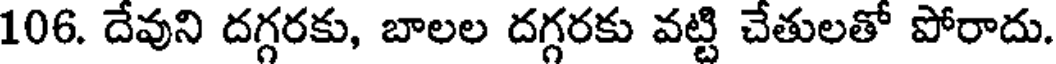
106. దేవుని దగ్గరకు, బాలల దగ్గరకు వట్టి చేతులతో పోరాదు.